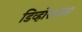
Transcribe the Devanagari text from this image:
डिव्होशनल